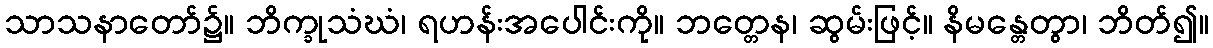
သာသနာတော်၌။ ဘိက္ခုသံဃံ၊ ရဟန်းအပေါင်းကို။ ဘတ္တေန၊ ဆွမ်းဖြင့်။ နိမန္တေတွာ၊ ဘိတ်၍။